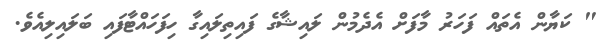
" ކަޔާން އެތައް ފަހަރު މާފަށް އެދެމުން ލައިޝާގެ ފައިތިލައިގާ ހިފަހައްޓާފައި ބަލައިލިއެވެ.